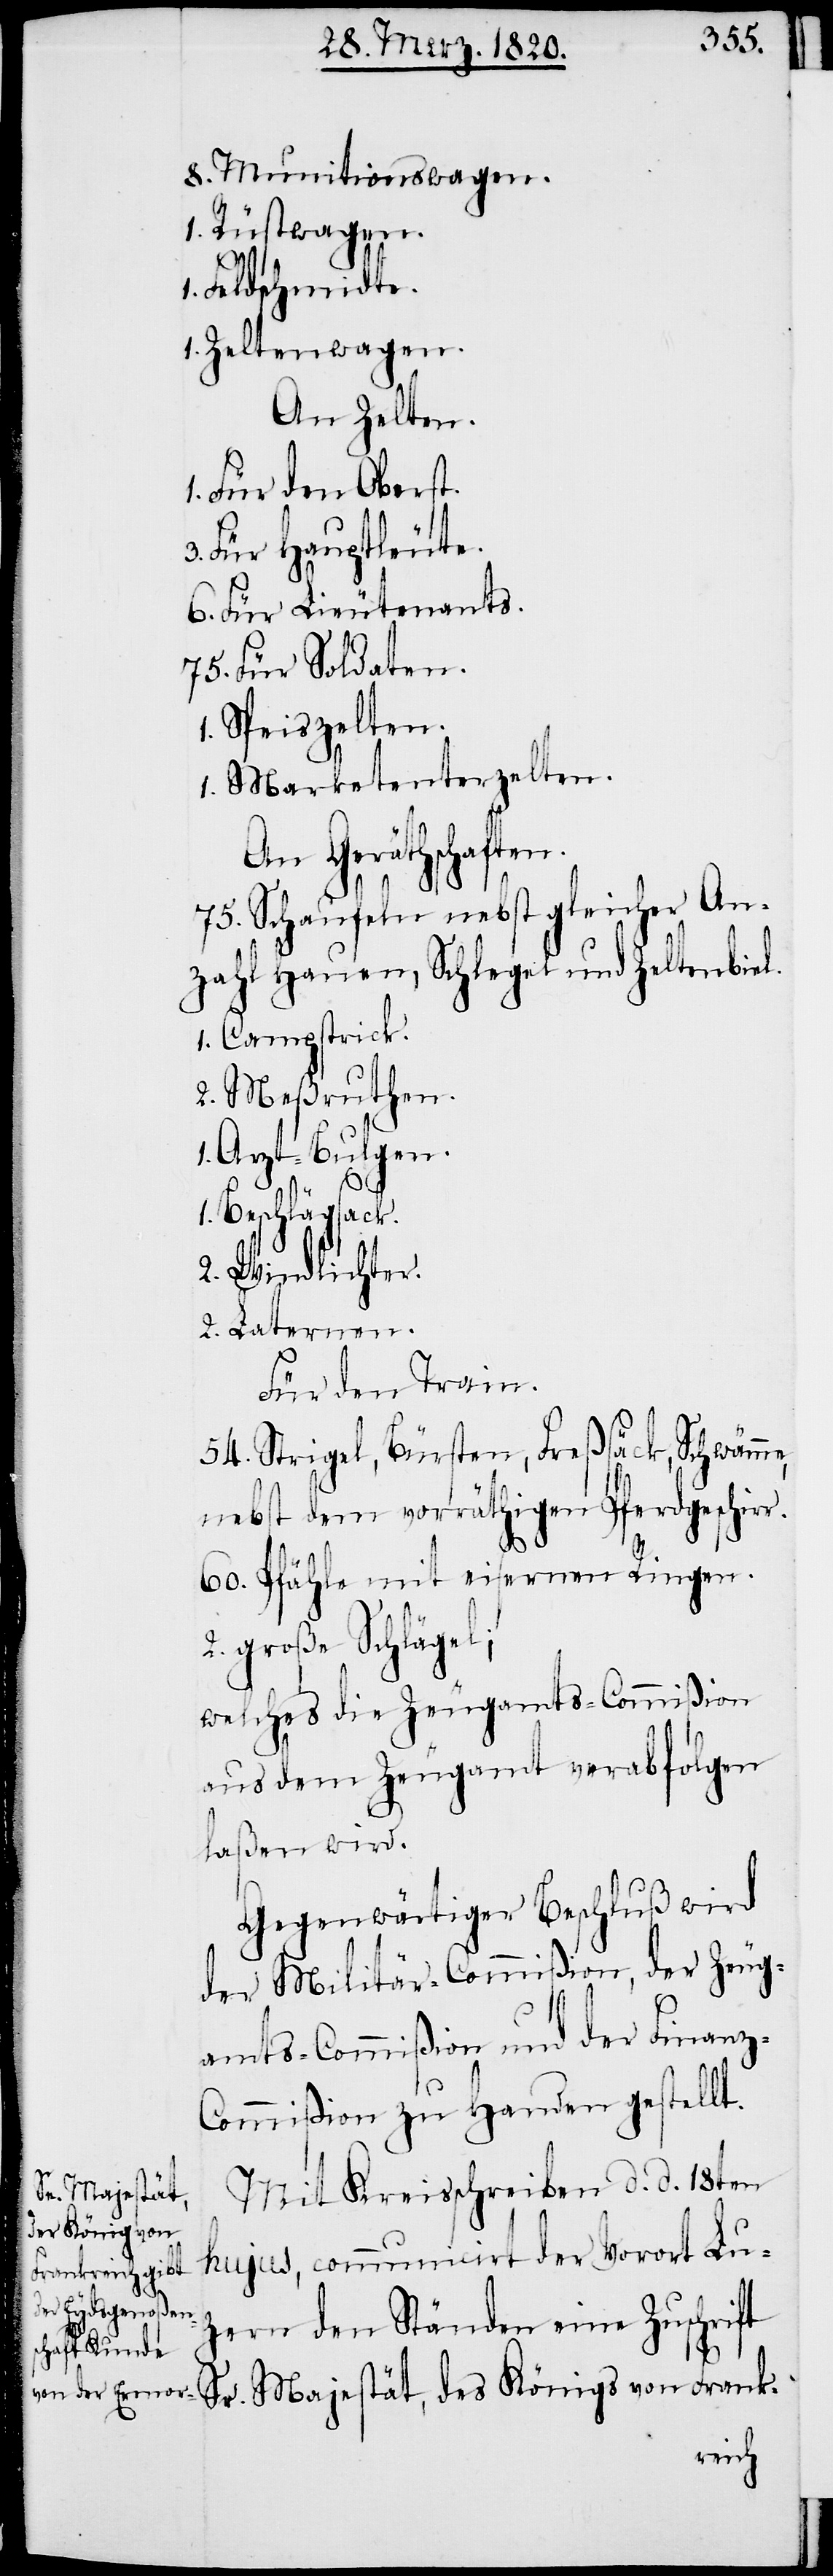
8. Munitionswagen.
1. Rüstwagen.
Feldschmidte.
1. Zeltenwagen.
An Zelten.
1. Für den Oberst.
3. Für Hauptleute.
6. Für Lieutenants.
75. Für Soldaten.
Speiszelten.
1. Marketenterzelten.
An Geräthschaften.
75. Schaufeln nebst gleicher An¬
zahl Hauen, Schlegel und Zeltenbiel.
1. Campstrick.
2. Maßruthen.
1. Arzt-Bulgen.
1.
Beschlägsack.
2. Windlichter.
2. Laternen.
Für den Train.
54. Strigel, Bürsten, Freßsäck, Schwämme,
nebst dem vorräthigen Pferdgeschirr.
60. Pfähle mit eisernen Ringen.
2. große Schlägel;
welches die Zeugamts-Commißion
aus dem Zeugamt verabfolgen
laßen wird.
Gegenwärtiger Beschluß wird
der Militär-Commißion, der Zeug¬
amts-Commißion und der Finanz-C¬
ommißion zu Handen gestellt.
Mit Kreisschreiben d. d. 18ten
hujus, communicirt der Vorort Lu¬
zern den Ständen eine Zuschrift
Sr. Majestät, des Königs von Frank-